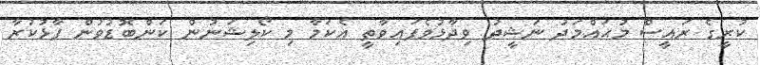
ކުރީގެ ރައީސް މުޙައްމަދު ނަޝީދު ވިދާޅުވެފައިވާތީ އެކަމާ މި ކޯލިޝަނުން ކަންބޮޑުވުން ފާޅުކުރާ